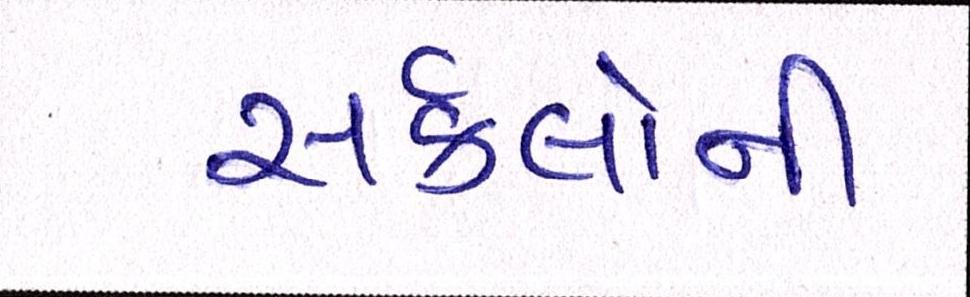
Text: સર્કલોની